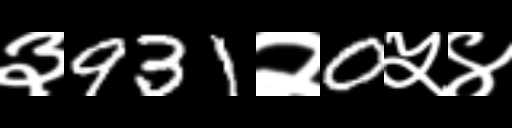
Text: ३931२0५४